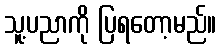
သူ့ပညာကို ပြရတော့မည်။